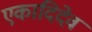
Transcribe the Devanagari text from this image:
एकादिदेव